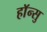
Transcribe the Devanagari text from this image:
हाॅन्सु